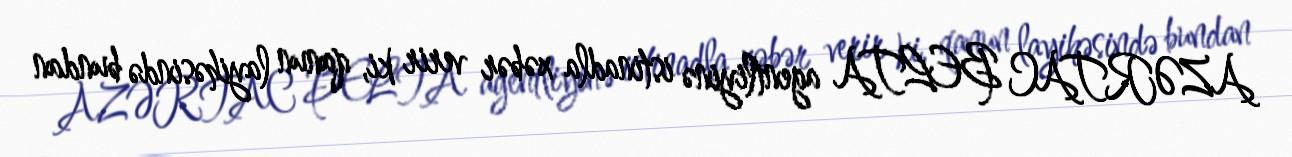
AZƏRTAC BELTA agentliyinə istinadla xəbər verir ki, qanun layihəsində bundan